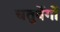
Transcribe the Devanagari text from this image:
चतुर्वेगों